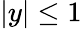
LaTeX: |y|\le 1